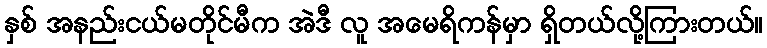
နှစ် အနည်းငယ်မတိုင်မီက အဲဒီ လူ အမေရိကန်မှာ ရှိတယ်လို့ကြားတယ်။